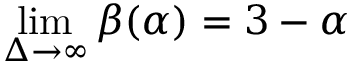
\operatorname* { l i m } _ { \Delta \rightarrow \infty } \beta ( \alpha ) = 3 - \alpha